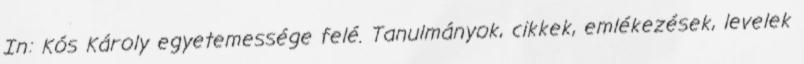
In: Kós Károly egyetemessége felé. Tanulmányok, cikkek, emlékezések, levelek